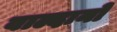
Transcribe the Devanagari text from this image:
वाल्दानो